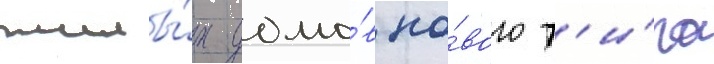
жилы́х домо́в но́вого т'и́па